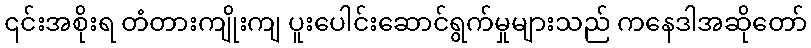
၎င်းအစိုးရ တံတားကျိုးကျ ပူးပေါင်းဆောင်ရွက်မှုများသည် ကနေဒါအဆိုတော်